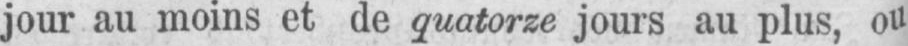
jour au moins et de quatorze jours au plus, ou